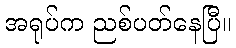
အရုပ်က ညစ်ပတ်နေပြီ။